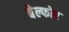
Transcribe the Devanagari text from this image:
बेल्फोर